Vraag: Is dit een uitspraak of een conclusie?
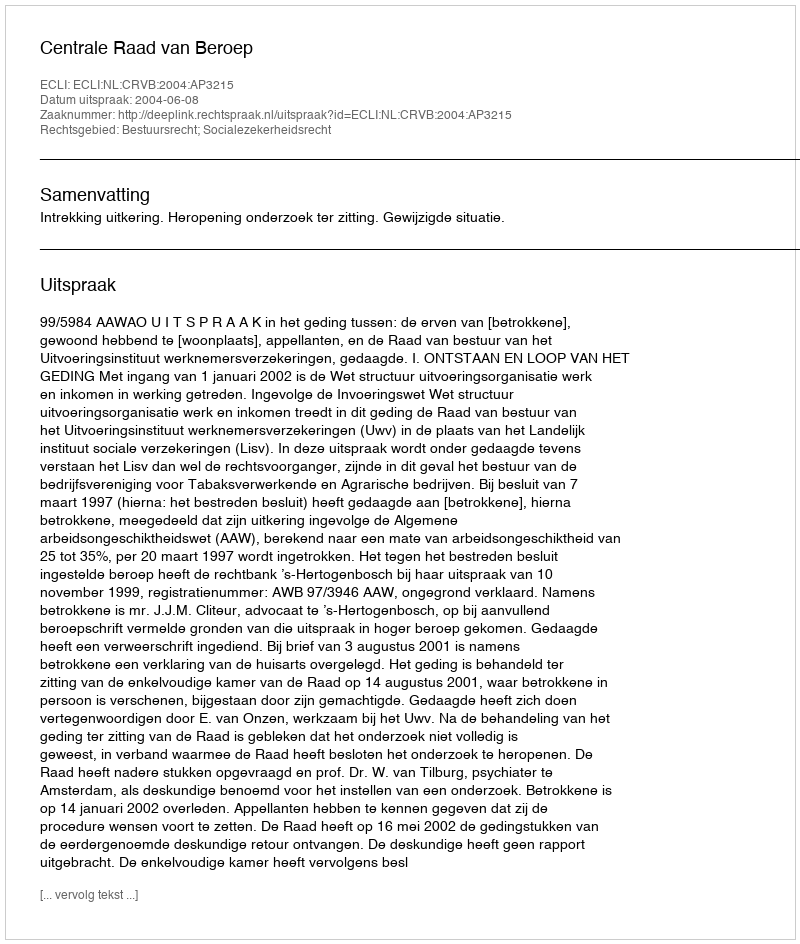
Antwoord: Uitspraak